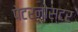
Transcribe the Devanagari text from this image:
पेटरनोस्टर